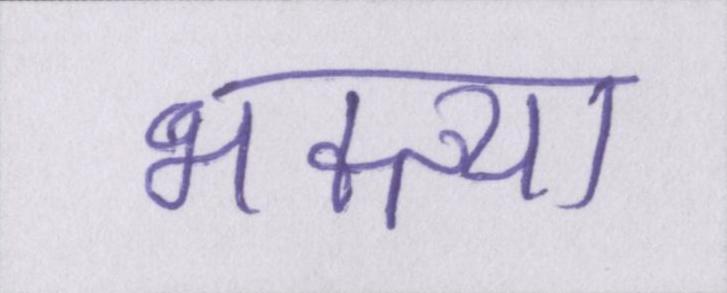
भक्त्या